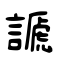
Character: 謕